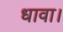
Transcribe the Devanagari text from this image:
धावा।